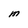
Character: M